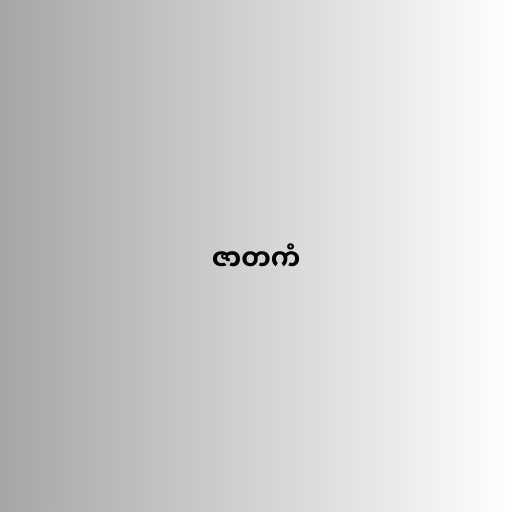
ဇာတကံ